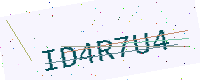
Text: ID4R7U4